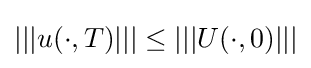
\left|\left|\left|u(\cdot ,T)\right|\right|\right|\leq \left|\left|\left|U(\cdot ,0)\right|\right|\right|